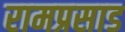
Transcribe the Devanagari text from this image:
रामप्रसाड